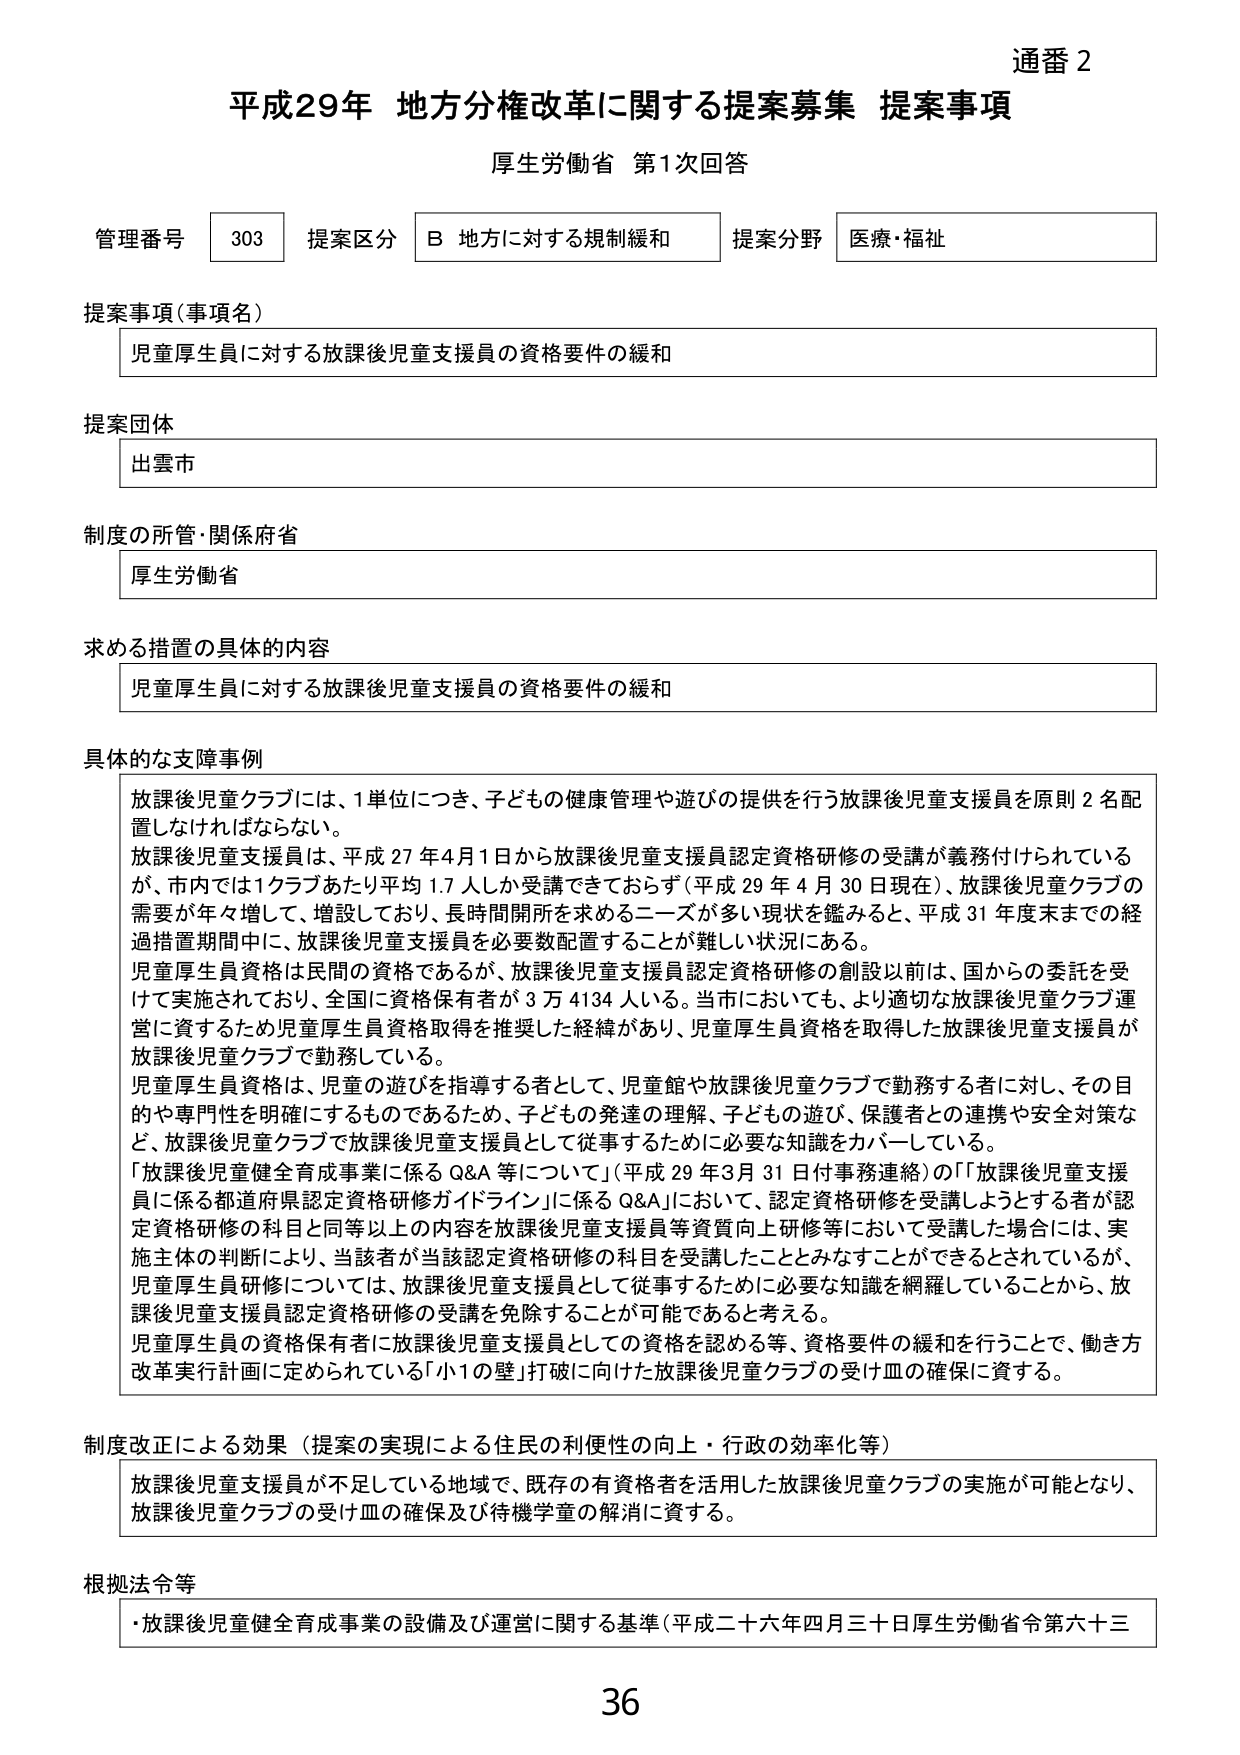
通番 2
平成29年 地方分権改革に関する提案募集 提案事項
厚生労働省 第1次回答

管理番号 303 提案区分 B 地方に対する規制緩和 提案分野 医療・福祉

提案事項（事項名）
児童厚生員に対する放課後児童支援員の資格要件の緩和

提案団体
出雲市

制度の所管・関係府省
厚生労働省

求める措置の具体的内容
児童厚生員に対する放課後児童支援員の資格要件の緩和

具体的な支障事例
放課後児童クラブには、1単位につき、子どもの健康管理や遊びの提供を行う放課後児童支援員を原則2名配置しなければならない。
放課後児童支援員は、平成27年4月1日から放課後児童支援員認定資格研修の受講が義務付けられているが、市内では1クラブあたり平均1.7人しか受講できておらず（平成29年4月30日現在）、放課後児童クラブの需要が年々増して、増設しており、長時間開所を求めるニーズが多い現状を鑑みると、平成31年度末までの経過措置期間中に、放課後児童支援員を必要数配置することが難しい状況にある。
児童厚生員資格は民間の資格であるが、放課後児童支援員認定資格研修の創設以前は、国からの委託を受けて実施されており、全国に資格保有者が3万4134人いる。当市においても、より適切な放課後児童クラブ運営に資するため児童厚生員資格取得を推奨した経緯があり、児童厚生員資格を取得した放課後児童支援員が放課後児童クラブで勤務している。
児童厚生員資格は、児童の遊びを指導する者として、児童館や放課後児童クラブで勤務する者に対し、その目的や専門性を明確にするものであるため、子どもの発達の理解、子どもの遊び、保護者との連携や安全対策など、放課後児童クラブで放課後児童支援員として従事するために必要な知識をカバーしている。
「放課後児童健全育成事業に係るQ&A等について」（平成29年3月31日付事務連絡）の「放課後児童支援員に係る都道府県認定資格研修ガイドライン」に係るQ&Aにおいて、認定資格研修を受講しようとする者が認定資格研修の科目と同等以上の内容を放課後児童支援員等資質向上研修等において受講した場合には、実施主体の判断により、当該者が当該認定資格研修の科目を受講したことにみなすことができるとしているが、児童厚生員研修については、放課後児童支援員として従事するために必要な知識を網羅していることから、放課後児童支援員認定資格研修の受講を免除することが可能であると考える。
児童厚生員の資格保有者に放課後児童支援員としての資格を認める等、資格要件の緩和を行うことで、働き方改革実行計画に定められている「小1の壁」打破に向けた放課後児童クラブの受け皿の確保に資する。

制度改正による効果（提案の実現による住民の利便性の向上・行政の効率化等）
放課後児童支援員が不足している地域で、既存の有資格者を活用した放課後児童クラブの実施が可能となり、放課後児童クラブの受け皿の確保及び待機学童の解消に資する。

根拠法令等
・放課後児童健全育成事業の設備及び運営に関する基準（平成二十六年四月三十日厚生労働省令第六十三

36